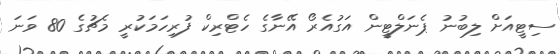
ސިޓީއަށް ލިބުނު ޕެނަލްޓީން އަގުއެރޯ އޭނާގެ ހެޓްރިކް ފުރިހަމަކުރީ މެޗުގެ 80 ވަނަ